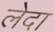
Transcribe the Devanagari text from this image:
लेदा